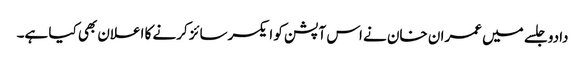
دادو جلسے میں عمران خان نے اس آپشن کو ایکسرسائز کرنے کا اعلان بھی کیا ہے۔